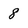
Character: 8